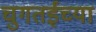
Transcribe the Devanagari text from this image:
चुगतईच्या